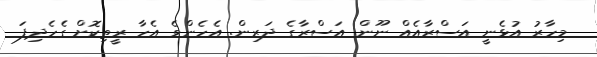
މިހާރު އުޅެނީ އަސްރާއެއް ނޫން. އަސްރާގެ ދަރިން. އެހެންވެ އެހާ ރީތިކޮށް ގެހެދިފަ